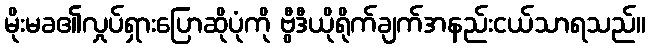
မိုးမခ၏လှုပ်ရှားပြောဆိုပုံကို ဗွီဒီယိုရိုက်ချက်အနည်းငယ်သာရသည်။